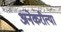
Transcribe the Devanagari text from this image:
अनेकरीत्या